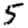
Digit: 5